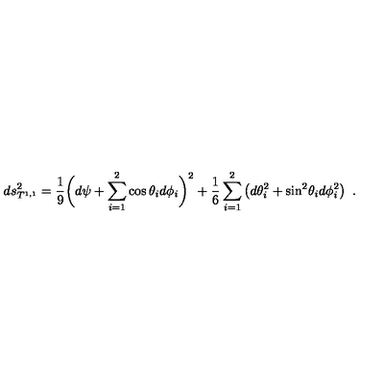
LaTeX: d s _ { T ^ { 1 , 1 } } ^ { 2 } = { \frac { 1 } { 9 } } \bigg ( d \psi + \sum _ { i = 1 } ^ { 2 } \cos \theta _ { i } d \phi _ { i } \bigg ) ^ { 2 } + { \frac { 1 } { 6 } } \sum _ { i = 1 } ^ { 2 } \left( d \theta _ { i } ^ { 2 } + \mathrm { s i n } ^ { 2 } \theta _ { i } d \phi _ { i } ^ { 2 } \right) \ .